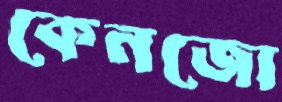
কেনজো